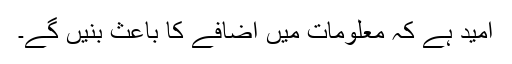
امید ہے کہ معلومات میں اضافے کا باعث بنیں گے۔